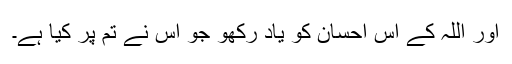
اور اللہ کے اس احسان کو یاد رکھو جو اس نے تم پر کیا ہے۔